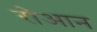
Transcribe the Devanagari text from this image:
रोआन